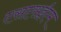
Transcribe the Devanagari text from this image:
एसएसईएम